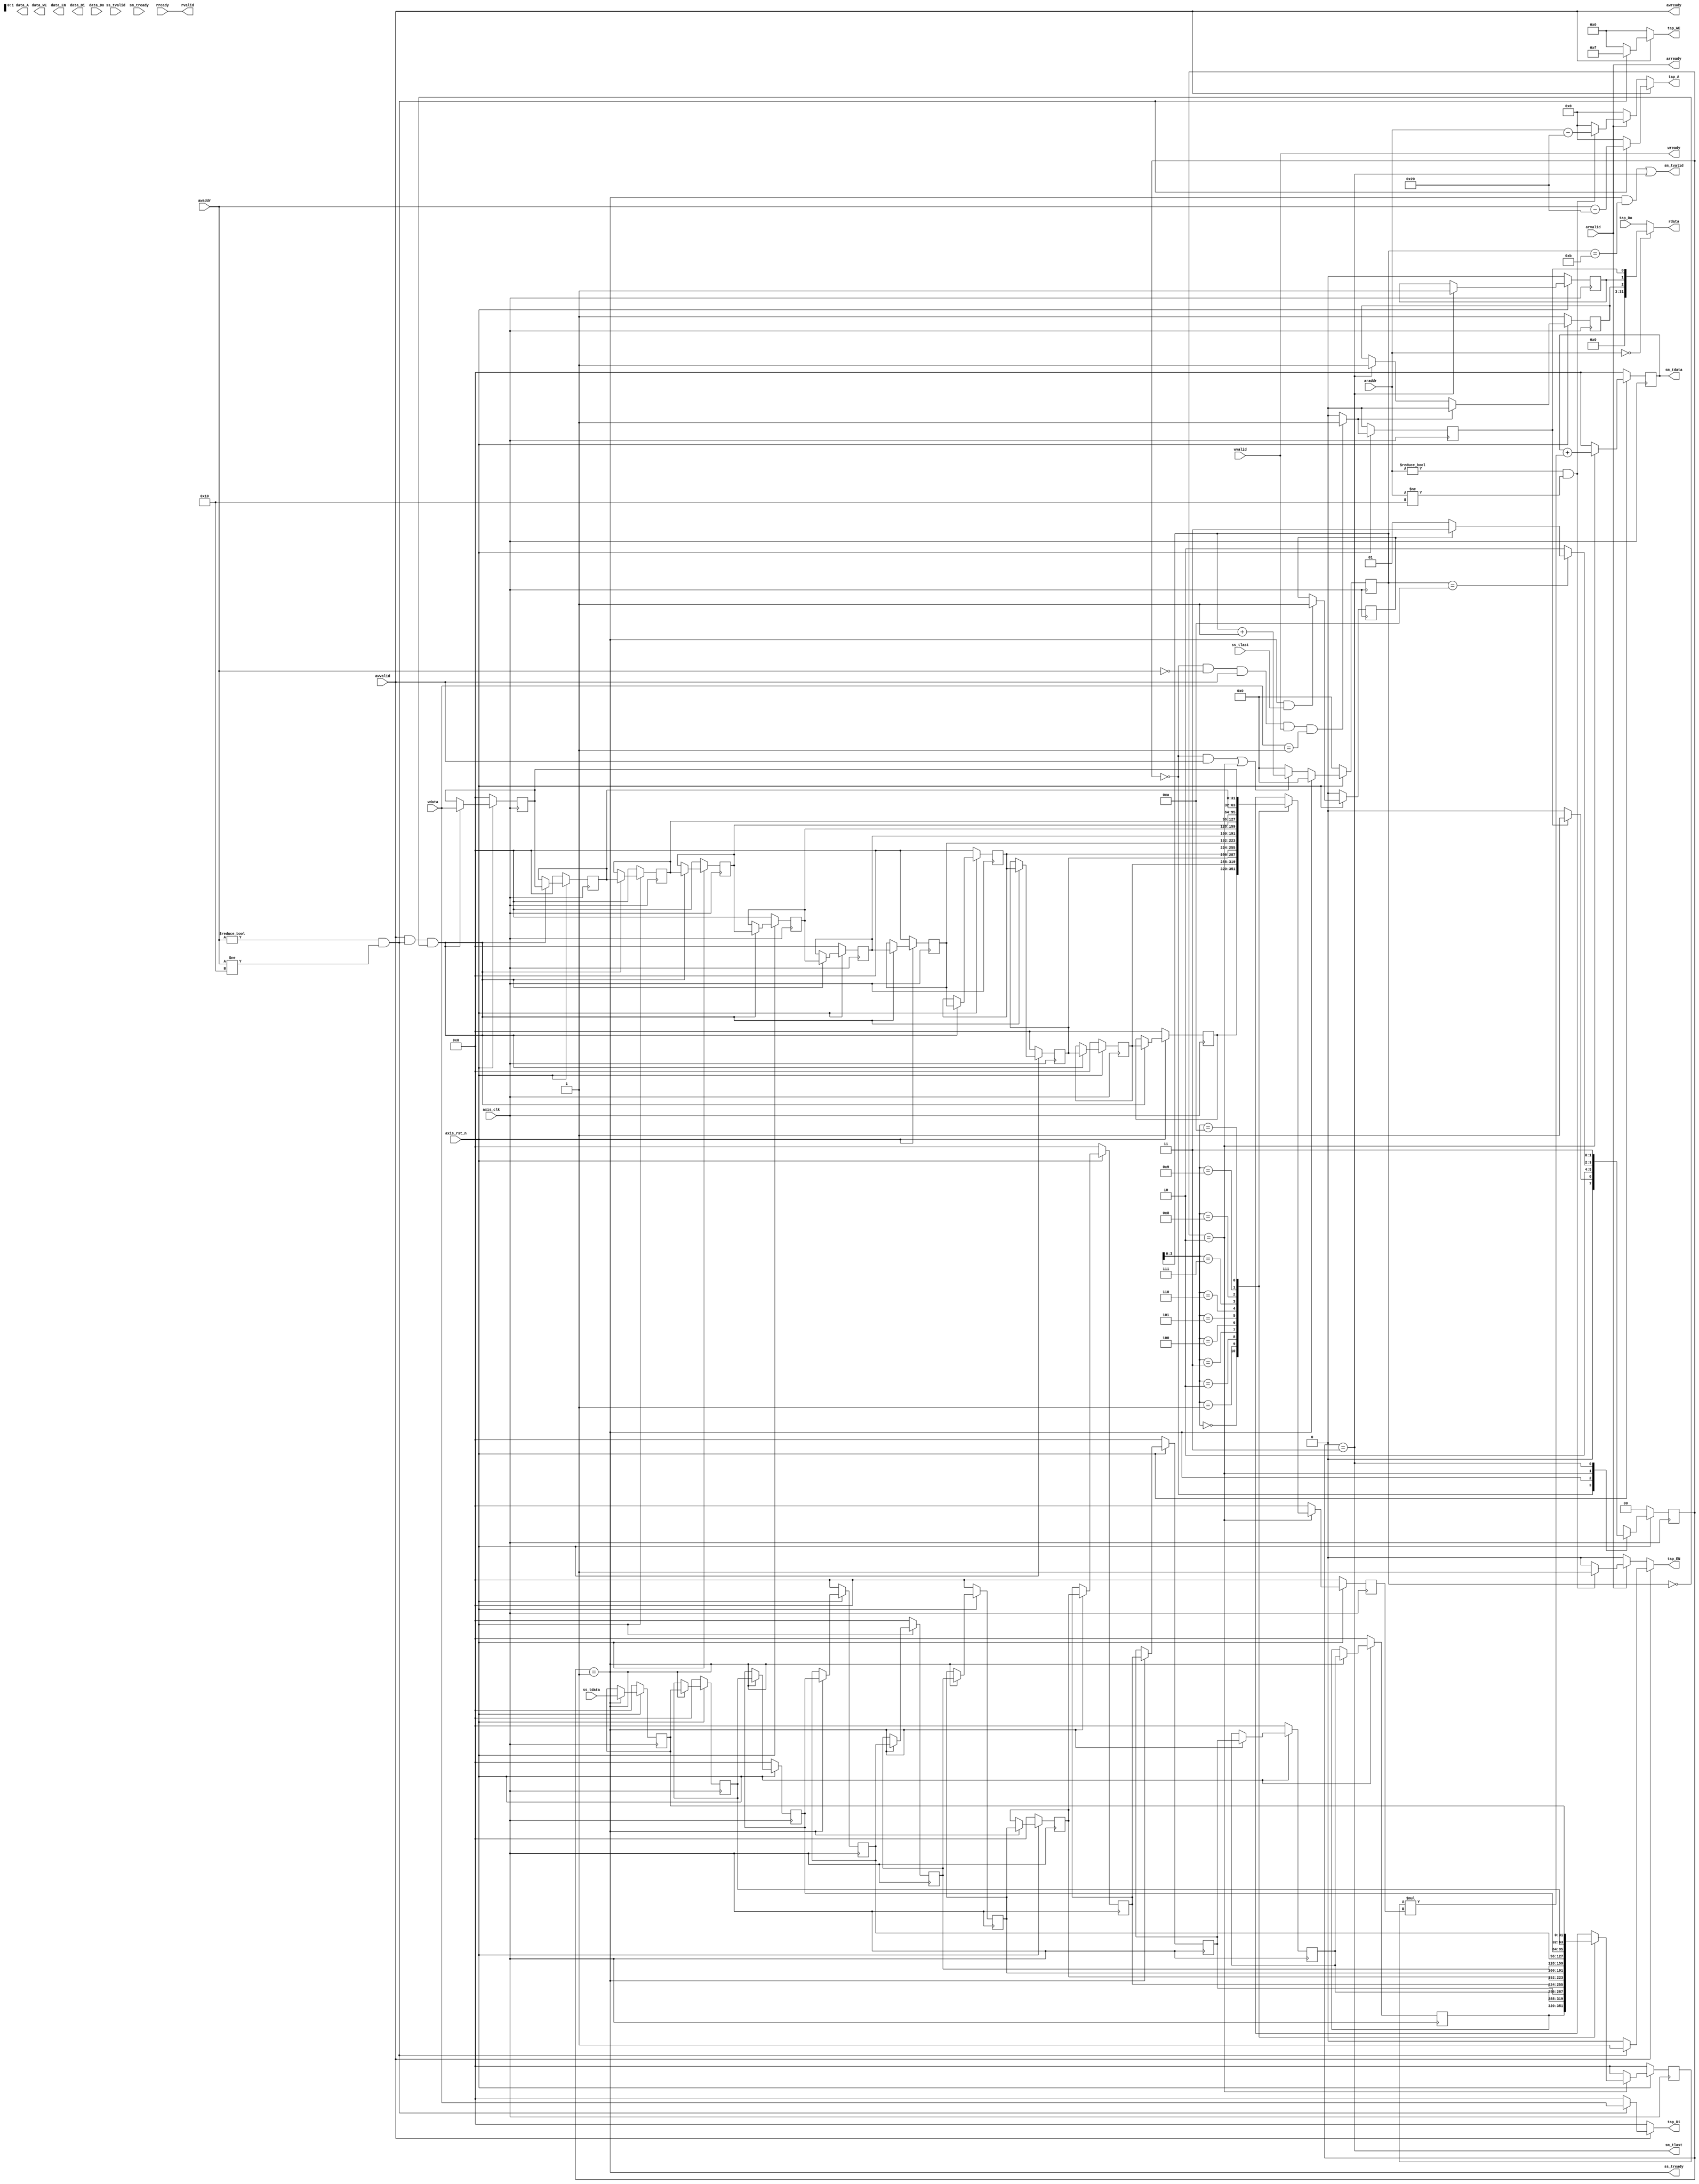
module fir 
#(  parameter pADDR_WIDTH = 12,
    parameter pDATA_WIDTH = 32,
    parameter Tape_Num    = 11
)
(
    // System clock and Reset
    input  wire                   axis_clk,
    input  wire                   axis_rst_n,
    // AXI-Lite Protocal
    // write
    input  wire [pADDR_WIDTH-1:0] awaddr,
    input  wire                   awvalid,
    output wire                   awready,
    input  wire [pDATA_WIDTH-1:0] wdata,
    input  wire                   wvalid,
    output wire                   wready,
    // read
    input  wire [pADDR_WIDTH-1:0] araddr,
    input  wire                   arvalid,
    output wire                   arready,
    output wire [pDATA_WIDTH-1:0] rdata,  
    output wire                   rvalid,
    input  wire                   rready,
    // AXI-Stream Protocal
    // data in
    input  wire                   ss_tvalid, 
    input  wire [pDATA_WIDTH-1:0] ss_tdata, 
    input  wire                   ss_tlast, 
    output wire                   ss_tready, 
    // data out
    input  wire                   sm_tready, 
    output wire                   sm_tvalid, 
    output wire [pDATA_WIDTH-1:0] sm_tdata, 
    output wire                   sm_tlast, 
    // bram for tap RAM (store coefficient)
    output reg [3:0]              tap_WE,
    output reg                    tap_EN,
    output reg [pDATA_WIDTH-1:0]  tap_Di,
    output reg [pADDR_WIDTH-1:0]  tap_A,
    input  wire [pDATA_WIDTH-1:0] tap_Do,
    // bram for data RAM (store data?)
    output reg [3:0]              data_WE,
    output reg                    data_EN,
    output reg [pDATA_WIDTH-1:0]  data_Di,
    output reg [pADDR_WIDTH-1:0]  data_A,
    input  wire [pDATA_WIDTH-1:0] data_Do
);

//////////////////////////////////////////////////////////////////////////////////
//
// LOCAL PARAMETER DECLARATION
//
//////////////////////////////////////////////////////////////////////////////////
// ap signal
wire [pDATA_WIDTH-1:0] ap_signal; // ap_signal = {29{1'b0}, ap_idle, ap_done, ap_start}
reg                    ap_idle;
reg                    ap_done;
reg                    ap_start;
reg                    next_ap_idle;
reg                    next_ap_done;
reg                    next_ap_start;
// data length
reg  [pDATA_WIDTH-1:0] data_length;
// fsm
reg  [1:0]             state;
reg  [1:0]             next_state;
reg                    finish;
// counter
reg  [4:0]             next_cnt;
reg  [4:0]             cnt;
// coefficient buffer and data buffer
reg signed [pDATA_WIDTH-1:0] coeff [0:Tape_Num-1];
reg signed [pDATA_WIDTH-1:0] data  [0:Tape_Num-1];
integer i,j;
// fir design
wire [pDATA_WIDTH-1:0] temp_sum;
wire [pDATA_WIDTH-1:0] cur_sum;
reg  [pDATA_WIDTH-1:0] prev_sum;
reg  [pDATA_WIDTH-1:0] cur_coef;
reg  [pDATA_WIDTH-1:0] cur_data;
// fsm state
localparam IDLE = 'd0;
localparam LOAD = 'd1;
localparam WORK = 'd2;
localparam DONE = 'd3;
//////////////////////////////////////////////////////////////////////////////////
//
// AXI-Lite Handshake
//
//////////////////////////////////////////////////////////////////////////////////
assign awready = awvalid;
assign wready  = wvalid;
assign arready = arvalid;
assign rvalid  = rready;
//////////////////////////////////////////////////////////////////////////////////
//
// AXI-Stream Control
//
//////////////////////////////////////////////////////////////////////////////////
assign ss_tready = state==LOAD;
assign sm_tvalid = (state==LOAD && cnt==4'd11) | state==DONE;
assign sm_tdata  = prev_sum;
assign sm_tlast  = state==DONE;
//////////////////////////////////////////////////////////////////////////////////
//
// AP_SIGNAL
//
//////////////////////////////////////////////////////////////////////////////////
assign ap_signal = {{29{1'b0}}, ap_idle, ap_done, ap_start};
// ap_start
always @(*) begin
    if(state==IDLE && awaddr == 12'h00 && awvalid && wvalid && wdata == 32'h0000_0001) begin
        // write ap_start for short pulse, deassert when the engine is not IDLE
        next_ap_start = 1;
    end else begin
        next_ap_start = 0;
    end
end
// ap_idle
always @(*) begin
    if(next_ap_start) begin
        next_ap_idle = 0;
    end else if(state == DONE) begin
        next_ap_idle = 1;
    end else begin
        next_ap_idle = ap_idle;
    end
end
// ap_done
always @(*) begin
    if(state == DONE) begin
        next_ap_done = 1;
    end else begin
        next_ap_done = ap_done;
    end
end
always @(posedge axis_clk) begin
    if(~axis_rst_n) begin
        ap_idle  <= 1'b1;
        ap_done  <= 1'b0;
        ap_start <= 1'b0;
    end else begin
        ap_idle  <= next_ap_idle;
        ap_done  <= next_ap_done;
        ap_start <= next_ap_start;
    end
end
//////////////////////////////////////////////////////////////////////////////////
//
// Coefficient from AXI-Lite and store into coeff buffer and tap RAM
//
//////////////////////////////////////////////////////////////////////////////////
// When Read addr = 0x00 should read out ap_signal
// The others addr should read out the coefficient
assign rdata = (araddr == 12'h00) ? ap_signal : tap_Do;

// Write / Read tap RAM from AXI-Lite protocal
always @(*) begin
    if(awvalid) begin
        // write
        if((awaddr != 12'h00) && (awaddr != 12'h10)) begin
            tap_A  = awaddr - 12'h20;
            tap_EN = 1'b1;
            tap_WE = 4'b1111;
            tap_Di = wdata;
        end else begin
            tap_A  = 'd0;
            tap_EN = 'd0;
            tap_WE = 'd0;
            tap_Di = 'd0;    
        end
    end else if (arvalid) begin
        if(araddr != 12'h00 && araddr != 12'h10) begin
            tap_A  = araddr - 12'h20;
            tap_EN = 1'b1;
            tap_WE = 'd0;
            tap_Di = 'd0;
        end else begin
            tap_A  = 'd0;
            tap_EN = 'd0;
            tap_WE = 'd0;
            tap_Di = 'd0;
        end
    end else begin
        tap_A  = 'd0;
        tap_EN = 'd0;
        tap_WE = 'd0;
        tap_Di = 'd0;   
    end
end
//////////////////////////////////////////////////////////////////////////////////
//
// Data Length from AXI-Lite and store into data_length buffer
//
//////////////////////////////////////////////////////////////////////////////////
always @(posedge axis_clk) begin
    if(~axis_rst_n) begin
        data_length <= 'd0;
    end else if(awaddr == 12'h10) begin
        data_length <= wdata;
    end else begin
        data_length <= data_length;
    end
end
//////////////////////////////////////////////////////////////////////////////////
//
// Coefficient buffer and Data buffer
//
//////////////////////////////////////////////////////////////////////////////////
always @(posedge axis_clk) begin
    if(~axis_rst_n) begin
        for (i=0; i<Tape_Num; i=i+1) begin
            coeff[i] <= 0;
        end        
    end else if(awvalid && (awaddr!=12'h00 && awaddr!=12'h10) && cnt=='d0) begin
        for (i=0; i<Tape_Num-1; i=i+1) begin
            coeff[i] <= coeff[i+1];
        end
        coeff[Tape_Num-1] <= wdata;
    end else begin
        for (i=0; i<Tape_Num; i=i+1) begin
            coeff[i] <= coeff[i];
        end 
    end
end

always @(posedge axis_clk) begin
    if(~axis_rst_n) begin
        for (j=0; j<Tape_Num; j=j+1) begin
            data[j] <= 'd0;
        end 
    end else if(ss_tready) begin // data in, write into shift buffer
        for (j=0; j<Tape_Num-1; j=j+1) begin
            data[j] <= data[j+1];
        end
        data[Tape_Num-1] <= ss_tdata;
    end else begin
        for (j=0; j<Tape_Num; j=j+1) begin
            data[j] <= data[j];
        end 
    end
end

//////////////////////////////////////////////////////////////////////////////////
//
// FSM
//
//////////////////////////////////////////////////////////////////////////////////
always@(posedge axis_clk) begin
    if(~axis_rst_n) begin
        finish <= 1'b0;
    end else if(state==LOAD && ss_tlast) begin
        finish <= 1'b1;
    end else begin
        finish <= finish;
    end
end
always @(*) begin
    case(state)
        IDLE:    next_state = (ap_start) ? LOAD: IDLE;
        LOAD:    next_state = WORK;
        WORK:    next_state = (cnt == Tape_Num-1) ? (finish) ? DONE : LOAD : WORK;
        DONE:    next_state = DONE;
        default: next_state = IDLE;
    endcase
end

always @(posedge axis_clk) begin
    if(~axis_rst_n) begin
        state <= IDLE;
    end else begin
        state <= next_state;
    end
end
//////////////////////////////////////////////////////////////////////////////////
//
// Counter
//
//////////////////////////////////////////////////////////////////////////////////
always @(*) begin
    if(state==LOAD) begin
        next_cnt = 'd0;
    end else if(((state==IDLE)&&awvalid) | (state==WORK)) begin
        next_cnt = cnt + 1;
    end else begin
        next_cnt = 'd0;
    end
end

always @(posedge axis_clk) begin
    if(~axis_rst_n) begin
        cnt <= 'd0;
    end else begin
        cnt <= next_cnt;
    end
end
//////////////////////////////////////////////////////////////////////////////////
//
// FIR computation
//
//////////////////////////////////////////////////////////////////////////////////
assign temp_sum = cur_data * cur_coef;
assign cur_sum  = prev_sum + temp_sum;
always @(posedge axis_clk) begin
    if(~axis_rst_n) begin
        prev_sum <= 'd0;
        cur_coef <= 'd0;
        cur_data <= 'd0;
    end else if(state == WORK) begin
        prev_sum <= cur_sum;
        cur_coef <= coeff[cnt];
        cur_data <= data[cnt];
    end else begin
        prev_sum <= 'd0;
        cur_coef <= 'd0;
        cur_data <= 'd0;
    end
end

endmodule